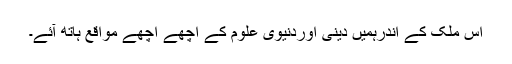
اس ملک کے اندرہمیں دینی اوردنیوی علوم کے اچھے اچھے مواقع ہاتھ آئے۔